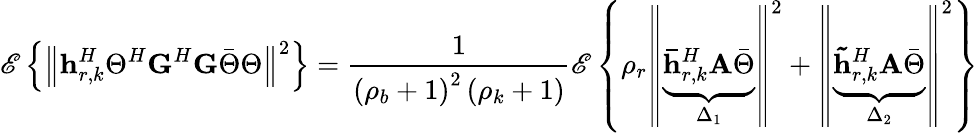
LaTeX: \mathscr{E}\left\{ \left\Vert\mathbf{h}_{r,k}^{H}\Theta^{H}\mathbf{G}^{H}\mathbf{G}\bar{\Theta}\Theta\right\Vert^{2}\right\} =\frac{1}{\left(\rho_{b}+1\right)^{2}\left(\rho_{k}+1\right)}\mathscr{E}\left\{ \rho_{r}\left\Vert\underset{\Delta_{1}}{\underbrace{\mathbf{\bar{h}}_{r,k}^{H}\mathbf{A}\bar{\Theta}}}\right\Vert^{2}+\left\Vert\underset{\Delta_{2}}{\underbrace{\mathbf{\tilde{h}}_{r,k}^{H}\mathbf{A}\bar{\Theta}}}\right\Vert^{2}\right\}